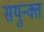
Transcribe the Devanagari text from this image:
सयुन्क्त